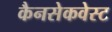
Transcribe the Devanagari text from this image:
कैनसेकवेस्ट